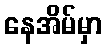
နေအိမ်မှာ